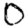
Digit: 0